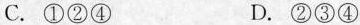
C.①②④ D.②③④